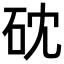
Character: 𥑀